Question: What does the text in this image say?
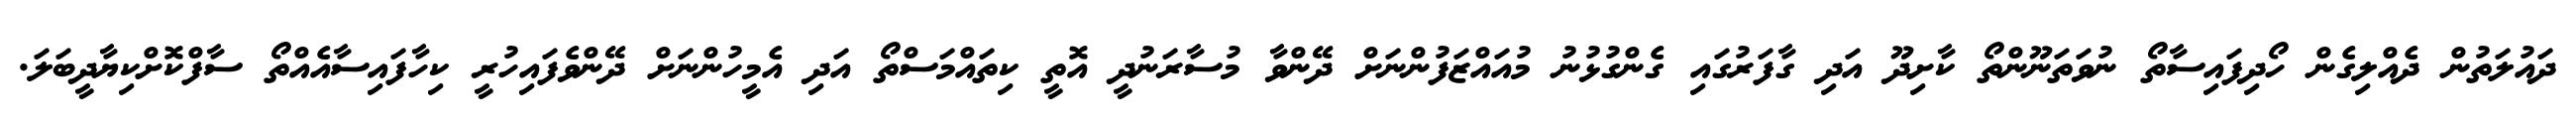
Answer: ދައުލަތުން ދެއްލިގެން ހޯދިފައިސާތޯ ނުވަތަނޫންތޯ ކާށިދޫ އަދި ގާފަރުގައި ގެންގުޅުނު މުއައްޒަފުންނަށް ދޭންވާ މުސާރަނުދީ އޮތީ ކިތައްމަސްތޯ އަދި އެމީހުންނަށް ދޭންވެފައިހުރީ ކިހާފައިސާއެއްތޯ ސާފްކޮށްކިޔާދީބަލަ.